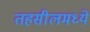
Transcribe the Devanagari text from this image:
तहसीलमध्ये